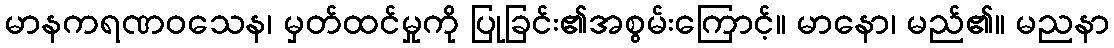
မာနကရဏဝသေန၊ မှတ်ထင်မှုကို ပြုခြင်း၏အစွမ်းကြောင့်။ မာနော၊ မည်၏။ မညနာ